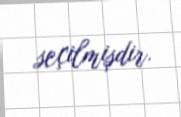
seçilmişdir.